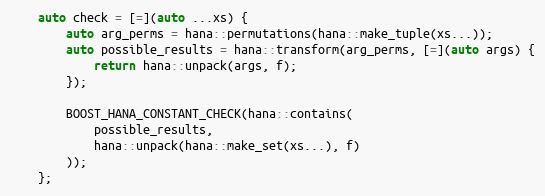
Language: C++
    auto check = [=](auto ...xs) {
        auto arg_perms = hana::permutations(hana::make_tuple(xs...));
        auto possible_results = hana::transform(arg_perms, [=](auto args) {
            return hana::unpack(args, f);
        });

        BOOST_HANA_CONSTANT_CHECK(hana::contains(
            possible_results,
            hana::unpack(hana::make_set(xs...), f)
        ));
    };